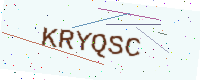
Text: KRYQSC